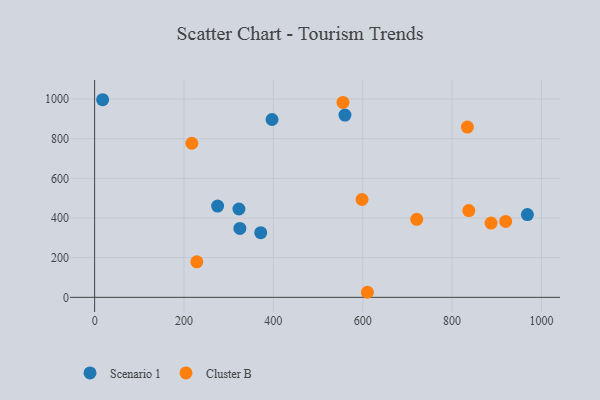
{"axis": {"x": "Ad Spend", "y": "Sales"}, "legend": ["Cluster B", "Scenario 1"], "data": [{"x": "322.9", "y": 445.4, "type": "Scenario 1"}, {"x": "17.9", "y": 996.5, "type": "Scenario 1"}, {"x": "275.2", "y": 460.2, "type": "Scenario 1"}, {"x": "325.0", "y": 347.7, "type": "Scenario 1"}, {"x": "560.2", "y": 919.3, "type": "Scenario 1"}, {"x": "397.0", "y": 896.7, "type": "Scenario 1"}, {"x": "968.4", "y": 417.1, "type": "Scenario 1"}, {"x": "371.7", "y": 326.1, "type": "Scenario 1"}, {"x": "228.7", "y": 179.0, "type": "Cluster B"}, {"x": "610.5", "y": 25.5, "type": "Cluster B"}, {"x": "837.3", "y": 437.3, "type": "Cluster B"}, {"x": "720.8", "y": 393.2, "type": "Cluster B"}, {"x": "217.5", "y": 776.9, "type": "Cluster B"}, {"x": "598.4", "y": 493.4, "type": "Cluster B"}, {"x": "555.7", "y": 983.0, "type": "Cluster B"}, {"x": "919.8", "y": 382.8, "type": "Cluster B"}, {"x": "834.1", "y": 858.4, "type": "Cluster B"}, {"x": "887.1", "y": 374.4, "type": "Cluster B"}]}